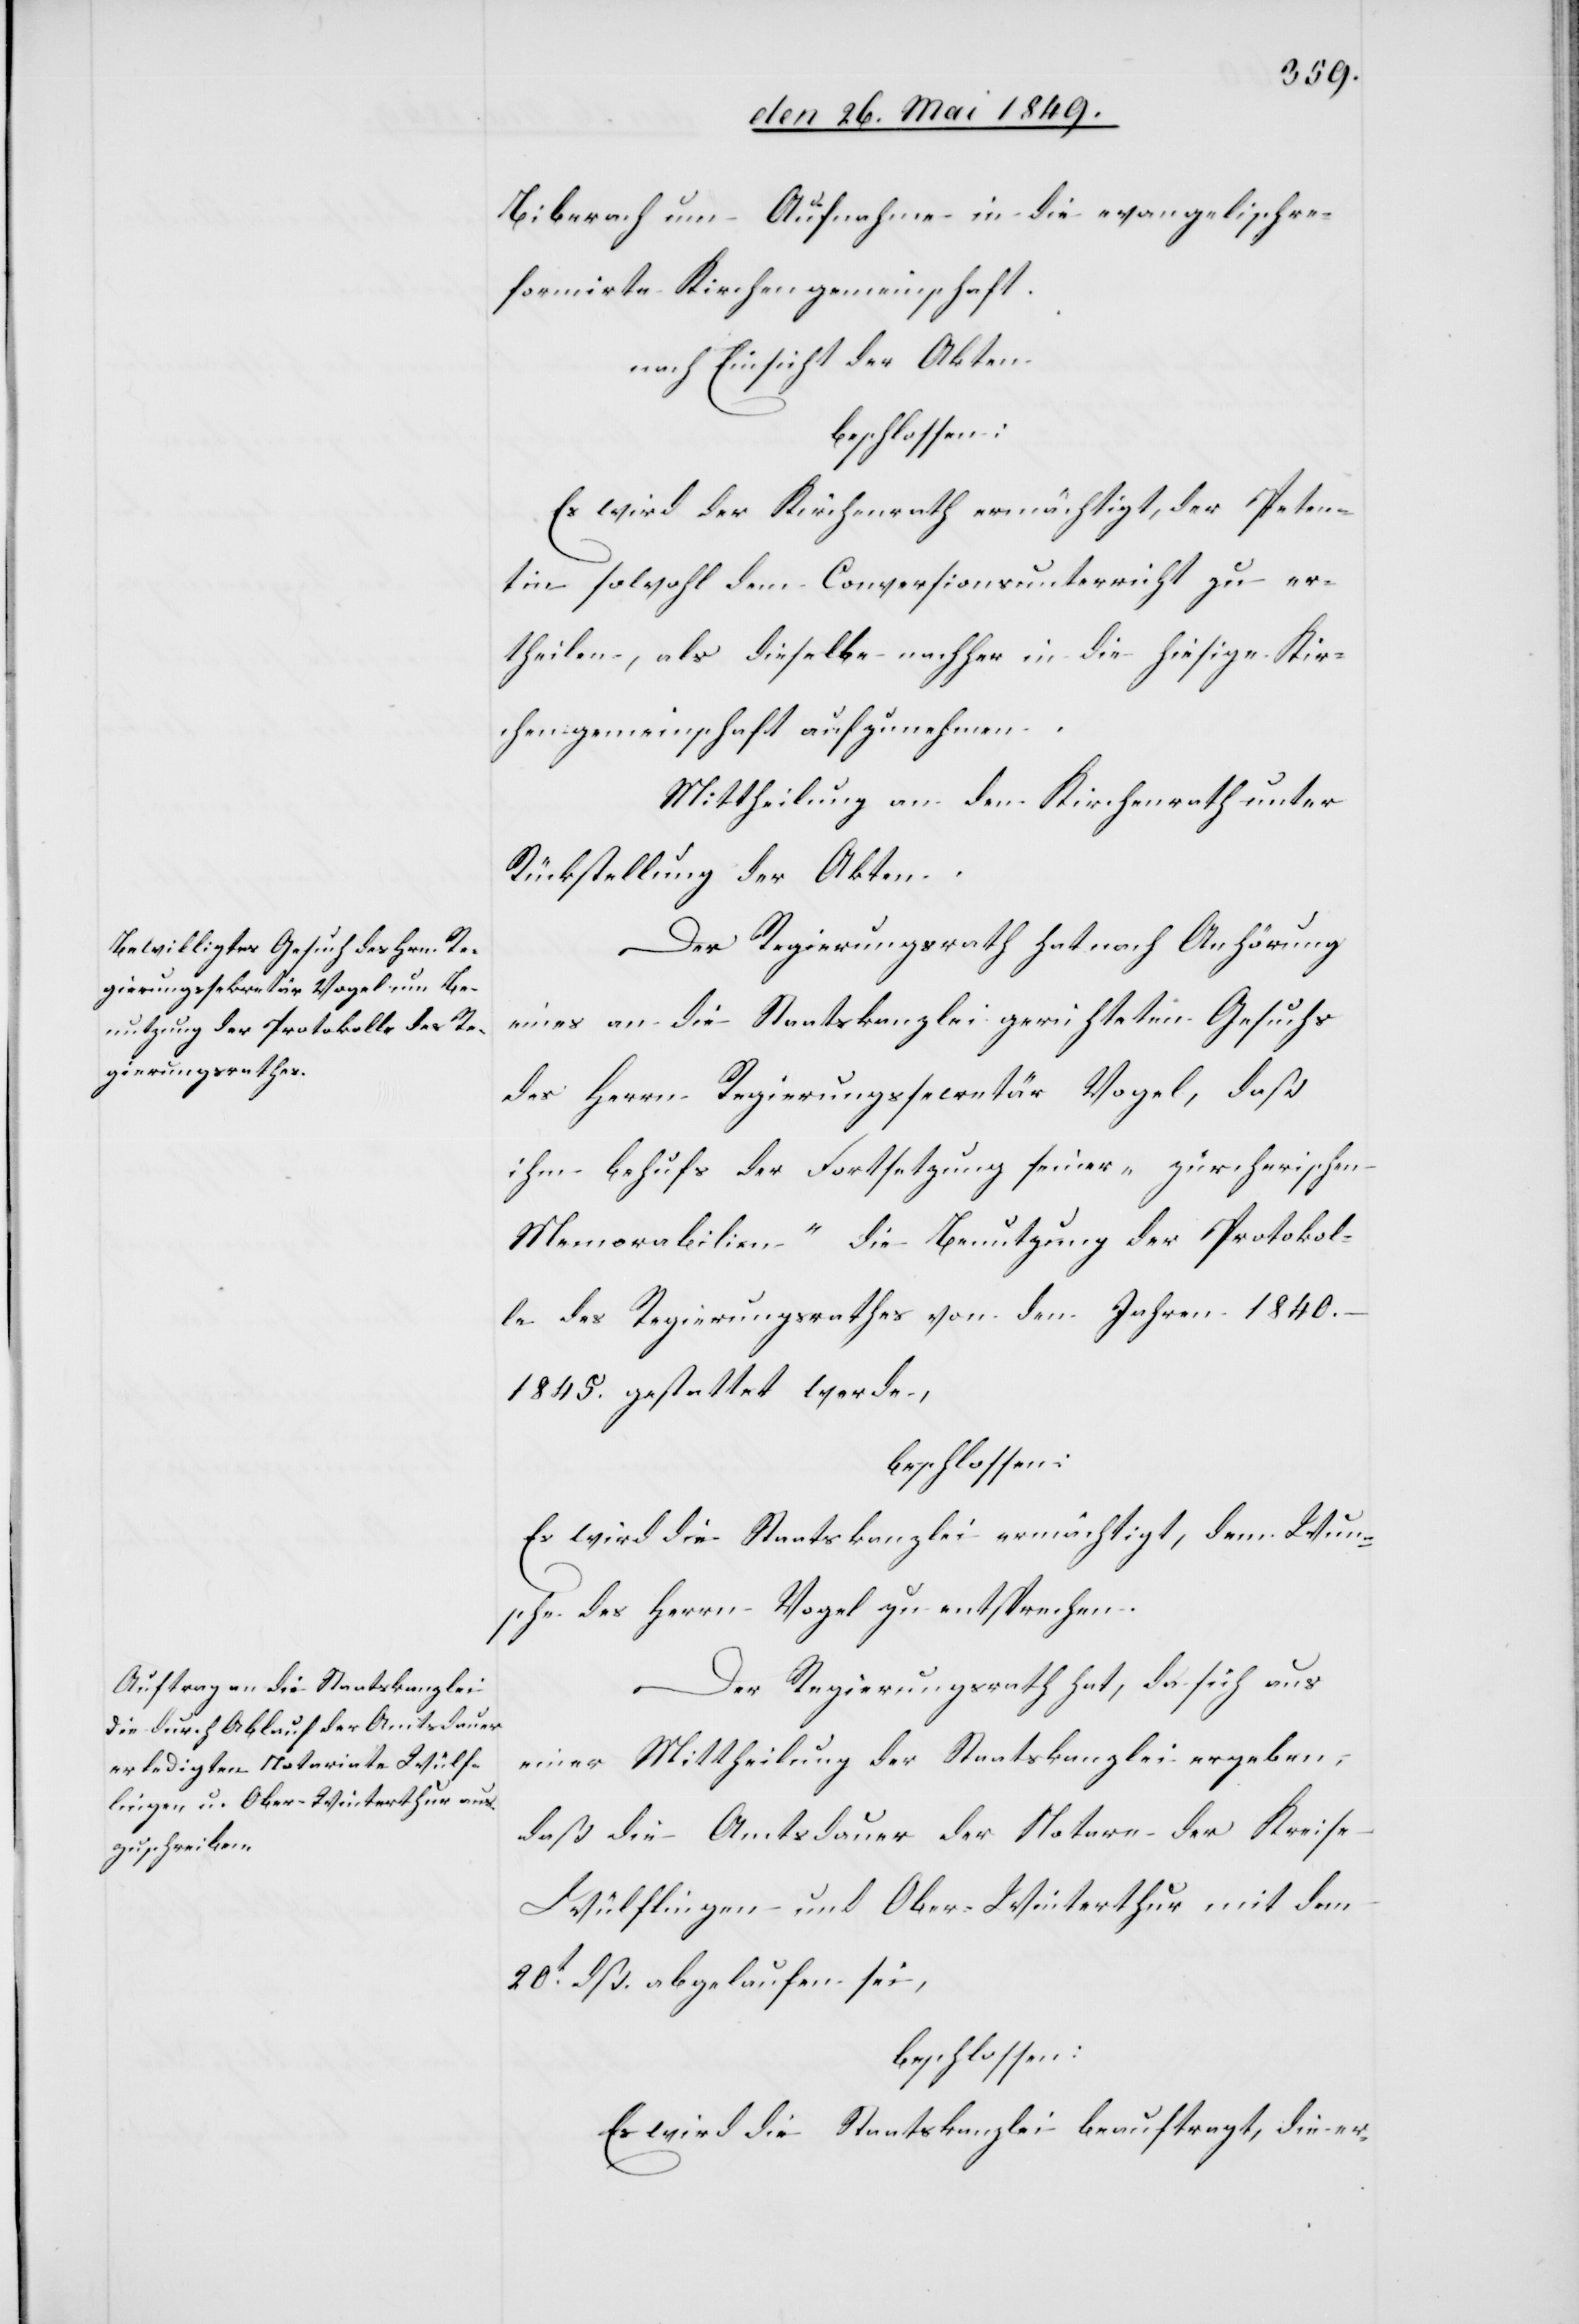
Biberach um Aufnahme in die evangelischre¬
formirte Kirchengemeinschaft
nach Einsicht der Akten
beschlossen:
Es wird der Kirchenrath ermächtigt, der Peten¬
tin sowohl dem Conversionsunterricht zu er¬
theilen, als dieselbe nachher in die hiesige Kir¬
chengemeinschaft aufzunehmen.
Mittheilung an den Kirchenrath unter
Rückstellung der Akten.
Der Regierungsrath hat nach Anhörung
eines an die Staatskanzlei gerichteten Gesuchs
des Herrn Regierungssecretär Vogel, daß
ihm behufs der Fortsetzung seiner „zürcherischen
Memorabilien“ die Benutzung der Protokol¬
le des Regierungsrathes von den Jahren 1840.–1845.
gestattet werde,
beschlossen:
Es wird die Staatskanzlei ermächtigt, dem Wun¬
sche des Herrn Vogel zu entsprechen.
Der Regierungsrath hat, da sich aus
einer Mittheilung der Staatskanzlei ergeben,
daß die Amtsdauer der Notare der Kreise
Wülflingen und Ober-Winterthur mit dem
20t dß. abgelaufen sei,
beschlossen:
Es wird die Staatskanzlei beauftragt, die er-